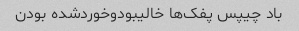
باد چیپس پفک‌ها خالیبودوخوردشده بودن